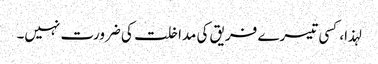
لہذا، کسی تیسرے فریق کی مداخلت کی ضرورت نہیں۔